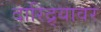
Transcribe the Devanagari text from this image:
दारिद्र्यावर